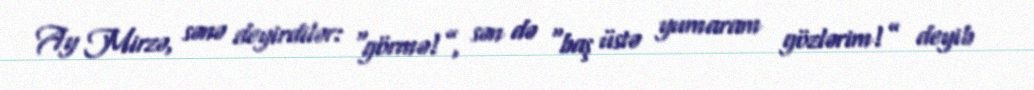
Ay Mirzə, sənə deyirdilər: “görmə!”, sən də “baş üstə yumaram gözlərim!” deyib